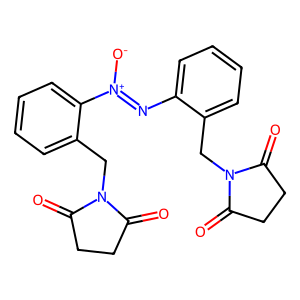
SMILES: O=C1CCC(=O)N1Cc1ccccc1N=[N+]([O-])c1ccccc1CN1C(=O)CCC1=O
Inhibits HIV replication: No